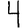
Digit: 4